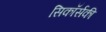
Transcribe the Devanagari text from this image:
सिकॉर्सकी